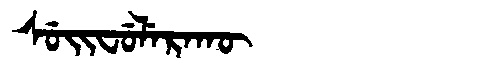
Manchu: ᠰᡠᡳᠸᡠᠯᡝᡵᠠᡴᡡ
Romanization: SUIFULERAKŪ